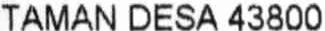
TAMAN DESA 43800